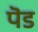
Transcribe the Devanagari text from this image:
पॆड